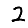
Digit: 2